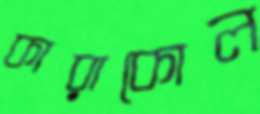
কারাকোল